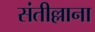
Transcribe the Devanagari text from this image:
संतील्लाना